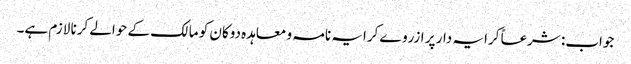
جواب: شرعاً کرایہ دار پر ازروے کرایہ نامہ و معاہدہ دوکان کو مالک کے حوالے کرنا لازم ہے۔